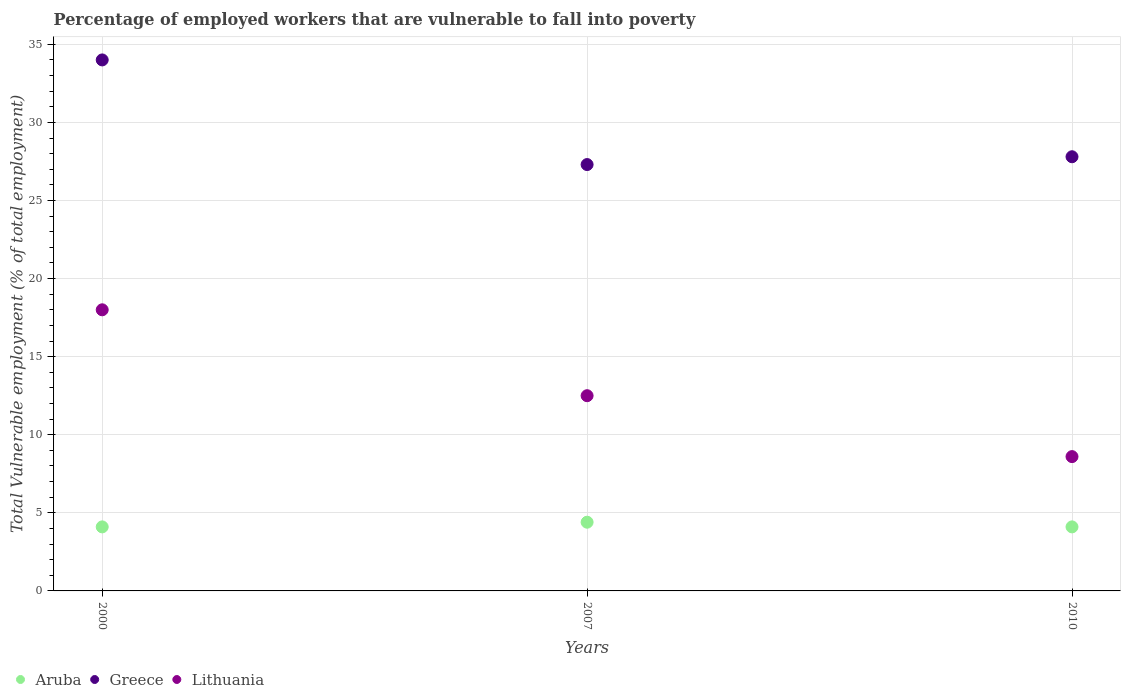
| Years | Aruba | Greece | Lithuania |
 | --- | --- | --- | --- |
 | 2000 | 4.1 | 34 | 18 |
 | 2007 | 4.4 | 27.3 | 12.5 |
 | 2010 | 4.1 | 27.8 | 8.6 |